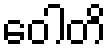
ဝေါတိ